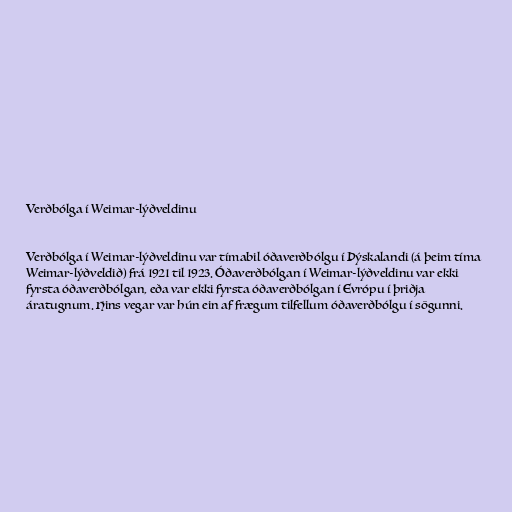
Verðbólga í Weimar-lýðveldinu

Verðbólga í Weimar-lýðveldinu var tímabil óðaverðbólgu í Þýskalandi (á þeim tíma
Weimar-lýðveldið) frá 1921 til 1923. Óðaverðbólgan í Weimar-lýðveldinu var ekki
fyrsta óðaverðbólgan, eða var ekki fyrsta óðaverðbólgan í Evrópu í þriðja
áratugnum. Hins vegar var hún ein af frægum tilfellum óðaverðbólgu í sögunni.